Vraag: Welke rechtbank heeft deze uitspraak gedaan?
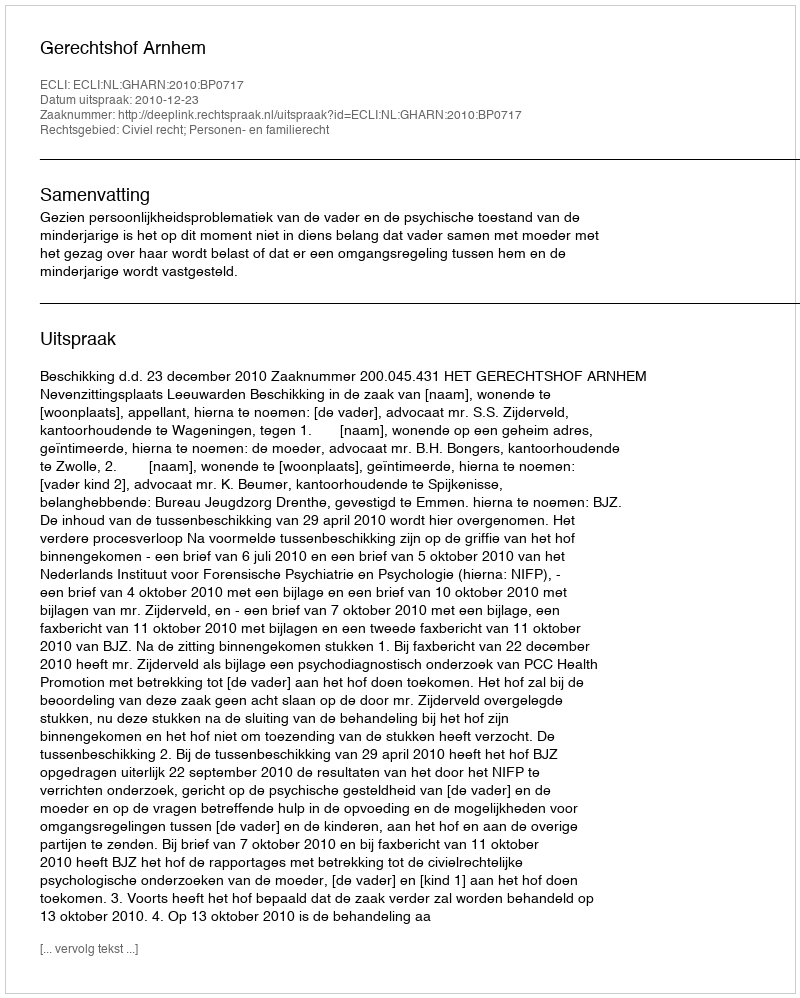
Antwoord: Gerechtshof Arnhem